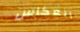
انعكاس